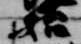
始